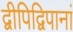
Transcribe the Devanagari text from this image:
द्वीपिद्विपानां